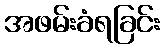
အဖမ်းခံရခြင်း